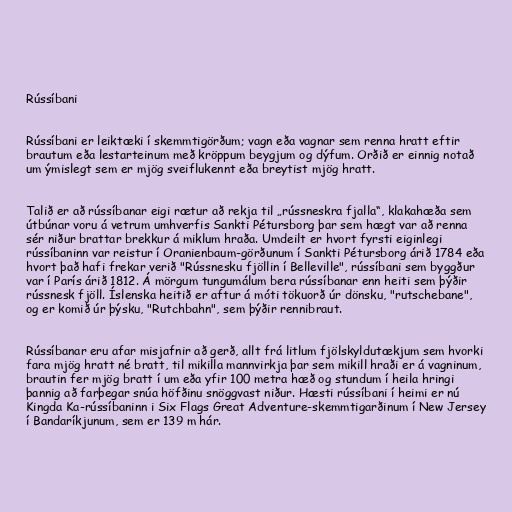
Rússíbani

Rússíbani er leiktæki í skemmtigörðum; vagn eða vagnar sem renna hratt eftir
brautum eða lestarteinum með kröppum beygjum og dýfum. Orðið er einnig notað
um ýmislegt sem er mjög sveiflukennt eða breytist mjög hratt.

Talið er að rússíbanar eigi rætur að rekja til „rússneskra fjalla“, klakahæða sem
útbúnar voru á vetrum umhverfis Sankti Pétursborg þar sem hægt var að renna
sér niður brattar brekkur á miklum hraða. Umdeilt er hvort fyrsti eiginlegi
rússíbaninn var reistur í Oranienbaum-görðunum í Sankti Pétursborg árið 1784 eða
hvort það hafi frekar verið "Rússnesku fjöllin í Belleville", rússíbani sem byggður
var í París árið 1812. Á mörgum tungumálum bera rússíbanar enn heiti sem þýðir
rússnesk fjöll. Íslenska heitið er aftur á móti tökuorð úr dönsku, "rutschebane",
og er komið úr þýsku, "Rutchbahn", sem þýðir rennibraut.

Rússíbanar eru afar misjafnir að gerð, allt frá litlum fjölskyldutækjum sem hvorki
fara mjög hratt né bratt, til mikilla mannvirkja þar sem mikill hraði er á vagninum,
brautin fer mjög bratt í um eða yfir 100 metra hæð og stundum í heila hringi
þannig að farþegar snúa höfðinu snöggvast niður. Hæsti rússíbani í heimi er nú
Kingda Ka-rússíbaninn i Six Flags Great Adventure-skemmtigarðinum í New Jersey
í Bandaríkjunum, sem er 139 m hár.